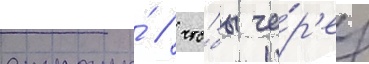
страны́ / что́бы че́р'ез